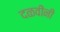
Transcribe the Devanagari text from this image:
दळवींनी